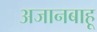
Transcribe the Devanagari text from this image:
अजानबाहू